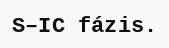
S–IC fázis.